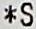
*S